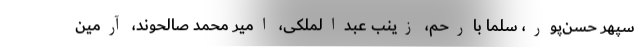
سپهر حسن‌پور، سلما بارحم، زینب عبدالملکی، امیر محمد صالحوند، آرمین